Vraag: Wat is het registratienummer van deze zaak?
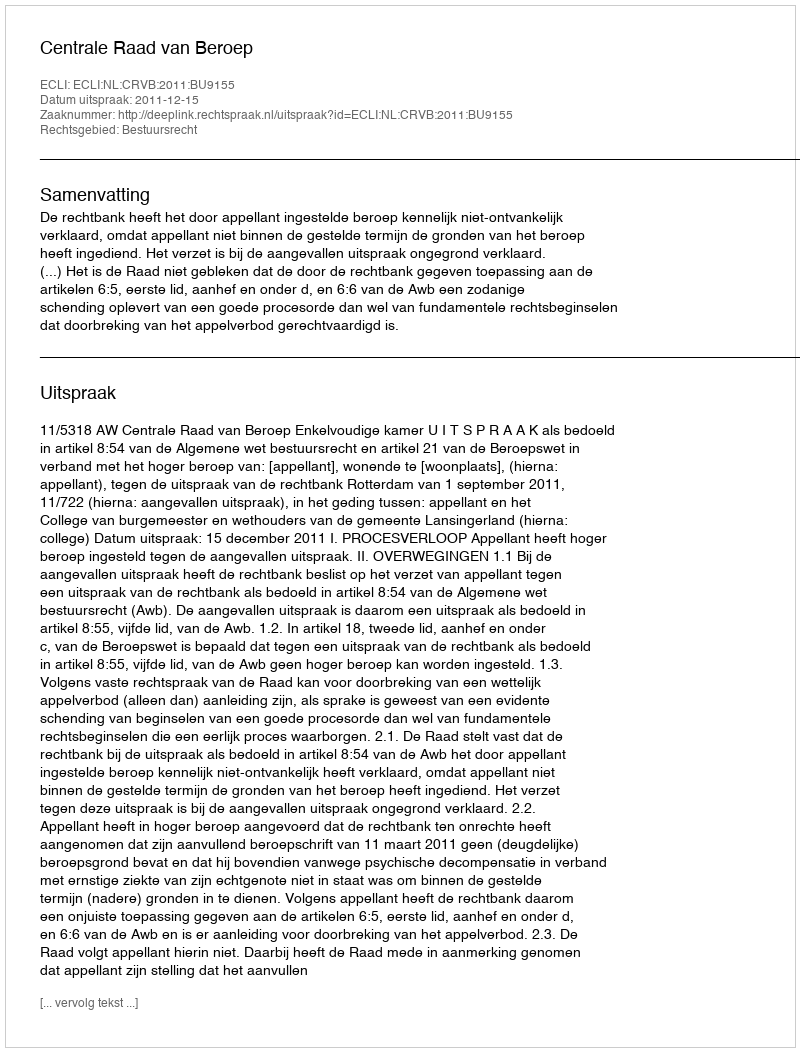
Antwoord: http://deeplink.rechtspraak.nl/uitspraak?id=ECLI:NL:CRVB:2011:BU9155